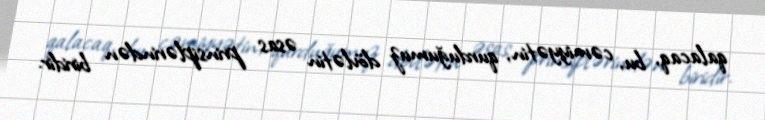
qalacaq, bu, cəmiyyətin, qurduğumuz dövlətin əsas prinsiplərindən biridir.